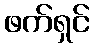
ဖက်ရှင်